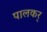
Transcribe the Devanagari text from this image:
पालकर्